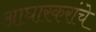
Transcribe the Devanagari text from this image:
आघारकरांचे